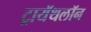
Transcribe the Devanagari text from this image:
ट्रायॅथलॉन